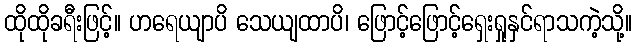
ထိုထိုခရီးဖြင့်။ ဟရေယျာပိ သေယျထာပိ၊ ဖြောင့်ဖြောင့်ရှေးရှုနှင်ရာသကဲ့သို့။